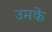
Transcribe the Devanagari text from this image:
उमके